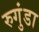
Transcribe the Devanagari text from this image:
रुगुंडा